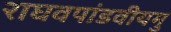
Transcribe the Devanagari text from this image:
राघवपांडवीयमु